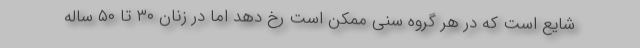
شایع است که در هر گروه سنی ممکن است رخ دهد اما در زنان ۳۰ تا ۵۰ ساله